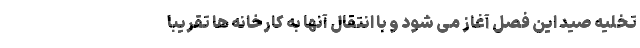
تخلیه صید این فصل آغاز می شود و با انتقال آنها به کارخانه ها تقریبا